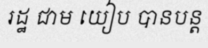
រដ្ឋ ជាម យៀប បានបន្ត